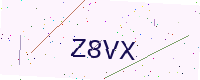
Text: Z8VX